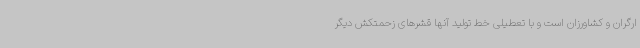
ارگران و کشاورزان است و با تعطیلی خط تولید آنها قشرهای زحمتکش دیگر